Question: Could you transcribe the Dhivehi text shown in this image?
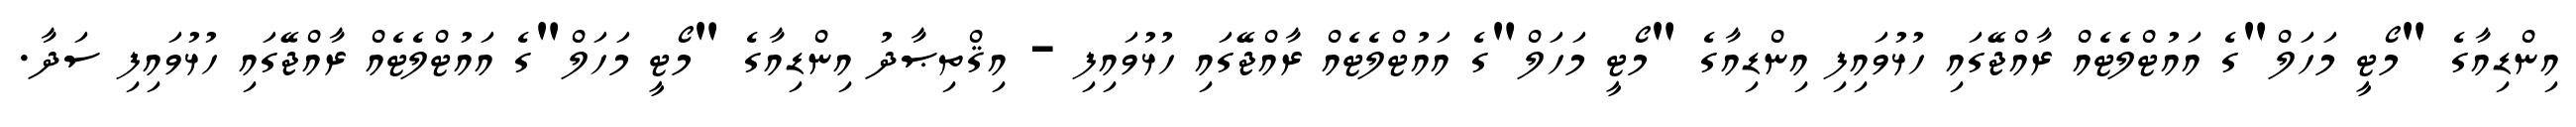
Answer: އިންޑިއާގެ "މޯޓީ މަހަލް"ގެ އައުޓްލެޓެއް ރާއްޖޭގައި ހުޅުވައިފި އިންޑިއާގެ "މޯޓީ މަހަލް"ގެ އައުޓްލެޓެއް ރާއްޖޭގައި ހުޅުވައިފި - އިޤްތިޞާދު އިންޑިއާގެ "މޯޓީ މަހަލް"ގެ އައުޓްލެޓެއް ރާއްޖޭގައި ހުޅުވައިފި ސަދާ.